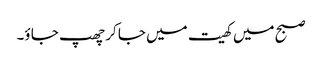
صبح میں کھیت میں جا کر چھپ جا ؤ۔